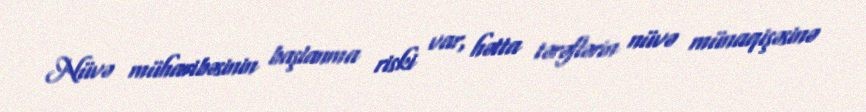
Nüvə müharibəsinin başlanma riski var, hətta tərəflərin nüvə münaqişəsinə